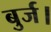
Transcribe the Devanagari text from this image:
बुर्ज।